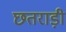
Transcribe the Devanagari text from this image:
छतराड़ी